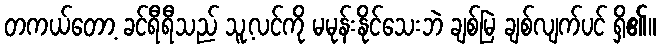
တကယ်တော့ ခင်ရီရီသည် သူ့လင်ကို မမုန်းနိုင်သေးဘဲ ချစ်မြဲ ချစ်လျက်ပင် ရှိ၏။